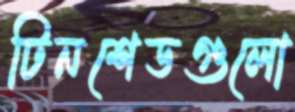
টিনশেডগুলো